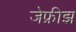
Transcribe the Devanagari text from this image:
जेफ्रीझ